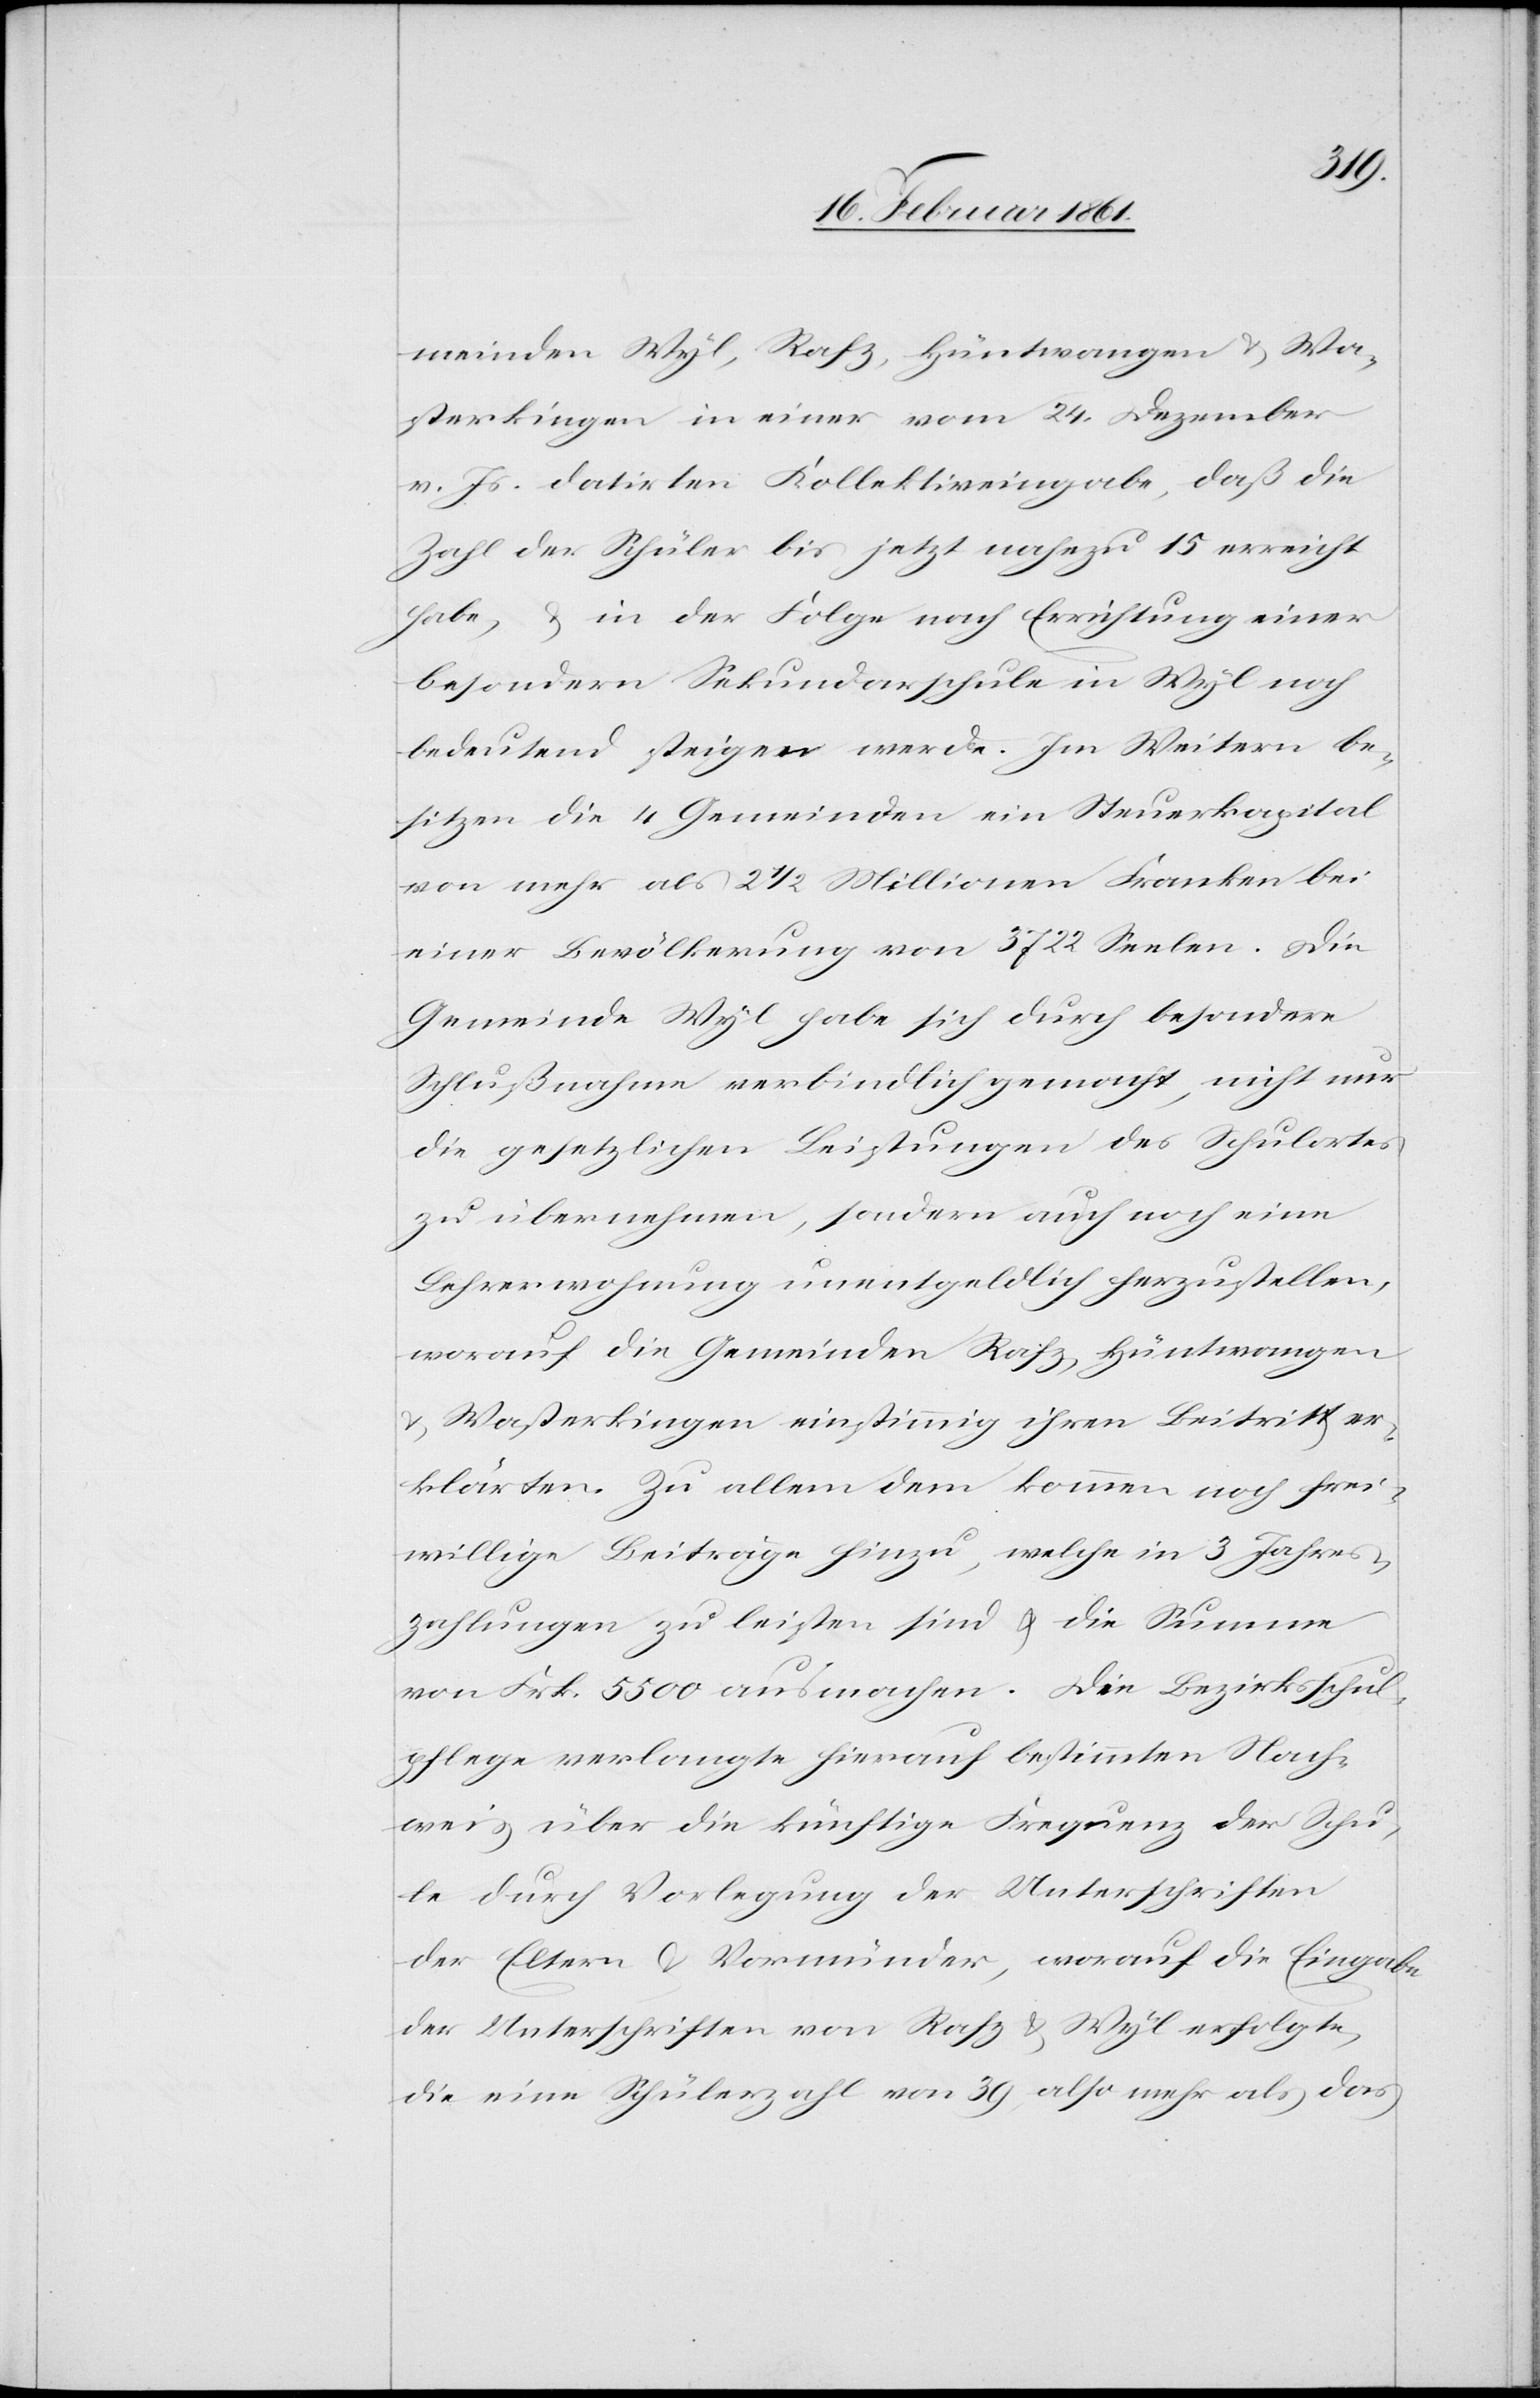
meinden Wyl, Rafz, Hüntwangen u. Wa¬
sterkingen in einer vom 24. Dezember
v. Js. datirten Kollektiveingabe, daß die
Zahl der Schüler bis jetzt nahezu 15 erreicht
habe, u. in der Folge nach Errichtung einer
besondern Sekundarschule in Wyl noch
bedeutend steigen werde. Im Weitern be¬
sitzen die 4 Gemeinden ein Steuerkapital
von mehr als 2 1/2 Millionen Franken bei
einer Bevölkerung von 3722 Seelen. Die
Gemeinde Wyl habe sich durch besondere
Schlußnahme verbindlich gemacht, nicht nur
die gesetzlichen Leistungen des Schulortes
zu übernehmen, sondern auch noch eine
Lehrerwohnung unentgeldlich herzustellen,
worauf die Gemeinden Rafz, Hüntwangen
u. Wasterkingen einstimmig ihren Beitritt er¬
klärten. Zu allem dem kommen noch frei¬
willige Beiträge hinzu, welche in 3 Jahres¬
zahlungen zu leisten sind u. die Summe
von Frk. 5500 ausmachen. Die Bezirksschul¬
pflege verlangte hierauf bestimmten Nach¬
weis über die künftige Frequenz der Schu¬
le durch Vorlegung der Unterschriften
der Eltern u. Vormünder, worauf die Eingabe
der Unterschriften von Rafz u. Wyl erfolgte,
die eine Schülerzahl von 39, also mehr als das